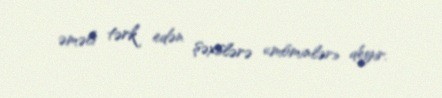
əməli tərk edən şəxslərə «möminlər» deyir.